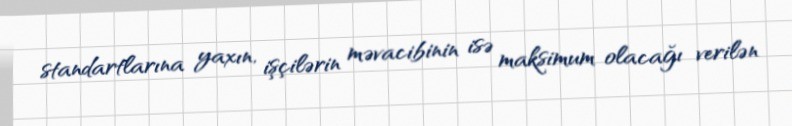
standartlarına yaxın, işçilərin məvacibinin isə maksimum olacağı verilən